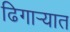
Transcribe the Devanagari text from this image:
ढिगाऱ्यात